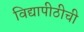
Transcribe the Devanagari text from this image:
विद्यापीठीची